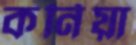
কর্নিয়া